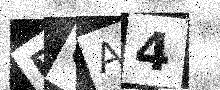
Text: BOA4